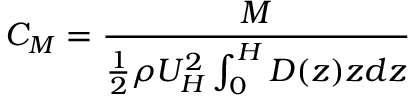
C _ { M } = \frac { M } { \frac { 1 } { 2 } \rho U _ { H } ^ { 2 } \int _ { 0 } ^ { H } D ( z ) z d z }